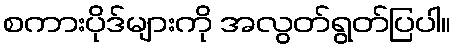
စကားပိုဒ်များကို အလွတ်ရွတ်ပြပါ။